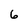
Character: 6